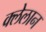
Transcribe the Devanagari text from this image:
क्लेलान